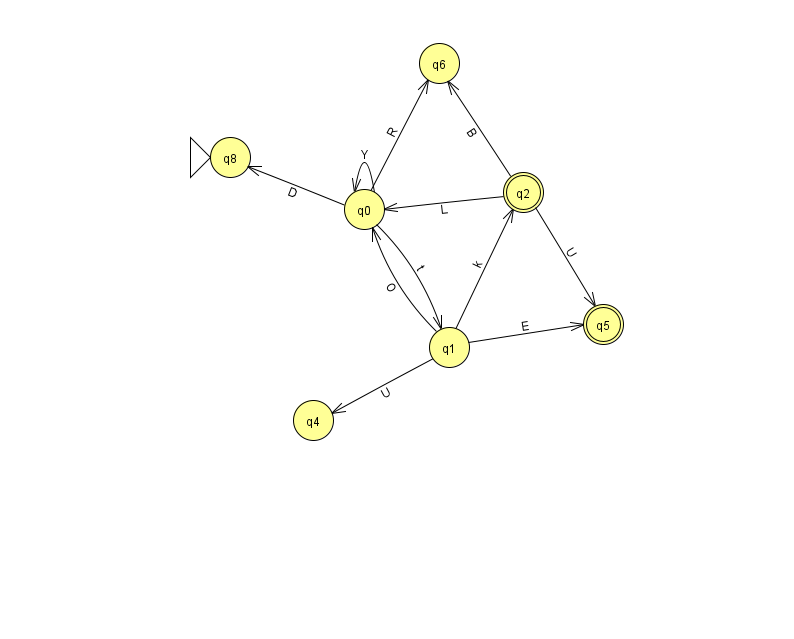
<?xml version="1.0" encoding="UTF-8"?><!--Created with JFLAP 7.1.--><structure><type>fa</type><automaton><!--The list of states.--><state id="0" name="q0"><x>364.0</x><y>196.0</y></state><state id="1" name="q1"><x>449.0</x><y>334.0</y></state><state id="2" name="q2"><x>523.0</x><y>179.0</y><final/></state><state id="4" name="q4"><x>313.0</x><y>407.0</y></state><state id="5" name="q5"><x>603.0</x><y>311.0</y><final/></state><state id="6" name="q6"><x>439.0</x><y>50.0</y></state><state id="8" name="q8"><x>230.0</x><y>144.0</y><initial/></state><!--The list of transitions.--><transition><from>1</from><to>2</to><read>k</read></transition><transition><from>2</from><to>6</to><read>B</read></transition><transition><from>1</from><to>5</to><read>E</read></transition><transition><from>0</from><to>8</to><read>D</read></transition><transition><from>2</from><to>0</to><read>L</read></transition><transition><from>0</from><to>1</to><read>t</read></transition><transition><from>0</from><to>6</to><read>R</read></transition><transition><from>0</from><to>0</to><read>Y</read></transition><transition><from>2</from><to>5</to><read>U</read></transition><transition><from>1</from><to>0</to><read>O</read></transition><transition><from>1</from><to>4</to><read>U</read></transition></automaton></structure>